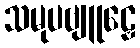
သမုပဗျူဠှေ